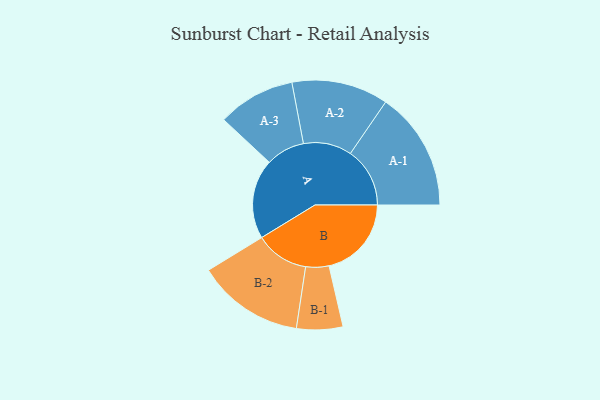
{"axis": {"x": "Segment", "y": "Value"}, "legend": ["", "A", "B"], "data": [{"x": "A", "y": 386, "type": ""}, {"x": "B", "y": 399, "type": ""}, {"x": "A-1", "y": 288, "type": "A"}, {"x": "A-2", "y": 234, "type": "A"}, {"x": "A-3", "y": 188, "type": "A"}, {"x": "B-1", "y": 112, "type": "B"}, {"x": "B-2", "y": 259, "type": "B"}]}